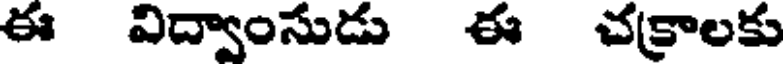
ఈ విద్వాంసుడు ఈ చక్రాలకు